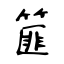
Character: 篚